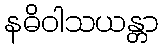
နဓိဝါသယန္တာ